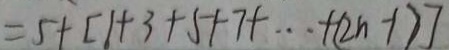
= 5 + [ 1 + 3 + 5 + 7 + \cdots + ( 2 n - 1 ) ]